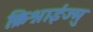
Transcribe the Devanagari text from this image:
क्रिश्नाईज्मु